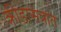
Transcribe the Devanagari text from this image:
क्रीडासत्रात